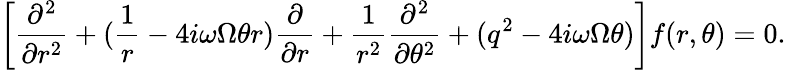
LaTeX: \left[\frac{\partial^{2}}{\partial r^{2}}+(\frac{1}{r}-4i\omega\Omega\theta r)\frac{\partial}{\partial r}+\frac{1}{r^{2}}\frac{\partial^{2}}{\partial\theta^{2}}+(q^{2}-4i\omega\Omega\theta)\right]f(r,\theta)=0.